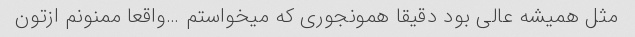
مثل همیشه عالی بود دقیقا همونجوری که میخواستم …واقعا ممنونم ازتون